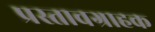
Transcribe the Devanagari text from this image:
प्रस्तावग्राहक